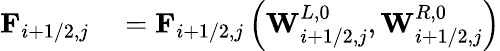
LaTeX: \begin{array}{rl}{\mathbf{F}_{i+1/2,j}}&{{}=\mathbf{F}_{i+1/2,j}\left(\mathbf{W}_{i+1/2,j}^{L,0},\mathbf{W}_{i+1/2,j}^{R,0}\right)}\end{array}